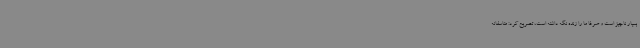
بسیار ناچیز است و صرفا ما را زنده نگه داشته است، تصریح کرد: متاسفانه